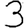
Digit: 3